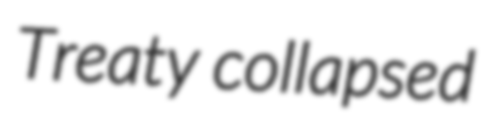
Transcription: Treaty collapsed